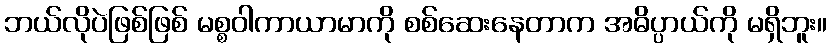
ဘယ်လိုပဲဖြစ်ဖြစ် မစ္စဝါကာယာမာကို စစ်ဆေးနေတာက အဓိပ္ပာယ်ကို မရှိဘူး။